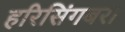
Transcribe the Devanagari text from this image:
हरिसिंगबरा